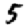
Digit: 5